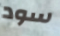
سود